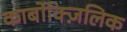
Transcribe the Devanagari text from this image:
कार्बोक्ज़िलिक